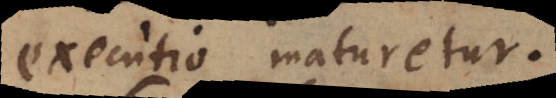
executio maturetur.